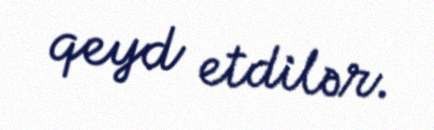
qeyd etdilər.